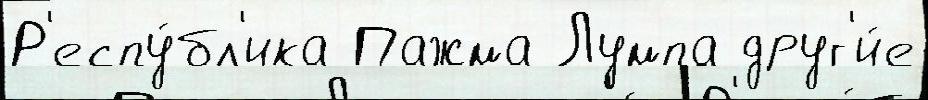
Р'еспу́бл'ика Пажма Лумпа друг'и́е